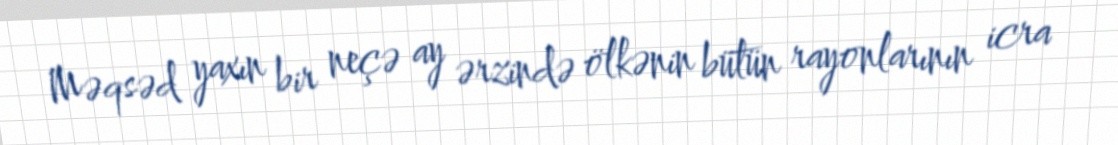
Məqsəd yaxın bir neçə ay ərzində ölkənin bütün rayonlarının icra